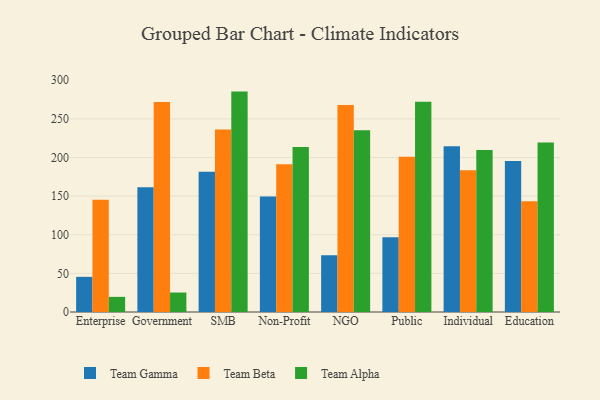
{"axis": {"x": "Segment", "y": "Customer Acquisition Cost (USD)"}, "legend": ["Team Alpha", "Team Beta", "Team Gamma"], "data": [{"x": "Enterprise", "y": 45.5, "type": "Team Gamma"}, {"x": "Enterprise", "y": 145.4, "type": "Team Beta"}, {"x": "Enterprise", "y": 19.6, "type": "Team Alpha"}, {"x": "Government", "y": 161.6, "type": "Team Gamma"}, {"x": "Government", "y": 271.8, "type": "Team Beta"}, {"x": "Government", "y": 25.2, "type": "Team Alpha"}, {"x": "SMB", "y": 181.6, "type": "Team Gamma"}, {"x": "SMB", "y": 236.3, "type": "Team Beta"}, {"x": "SMB", "y": 285.3, "type": "Team Alpha"}, {"x": "Non-Profit", "y": 149.6, "type": "Team Gamma"}, {"x": "Non-Profit", "y": 191.2, "type": "Team Beta"}, {"x": "Non-Profit", "y": 213.7, "type": "Team Alpha"}, {"x": "NGO", "y": 73.5, "type": "Team Gamma"}, {"x": "NGO", "y": 267.9, "type": "Team Beta"}, {"x": "NGO", "y": 235.4, "type": "Team Alpha"}, {"x": "Public", "y": 96.9, "type": "Team Gamma"}, {"x": "Public", "y": 201.1, "type": "Team Beta"}, {"x": "Public", "y": 272.2, "type": "Team Alpha"}, {"x": "Individual", "y": 214.7, "type": "Team Gamma"}, {"x": "Individual", "y": 183.5, "type": "Team Beta"}, {"x": "Individual", "y": 209.7, "type": "Team Alpha"}, {"x": "Education", "y": 195.4, "type": "Team Gamma"}, {"x": "Education", "y": 143.4, "type": "Team Beta"}, {"x": "Education", "y": 219.3, "type": "Team Alpha"}]}